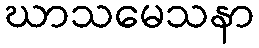
ဃာသမေသနာ